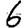
Digit: 6